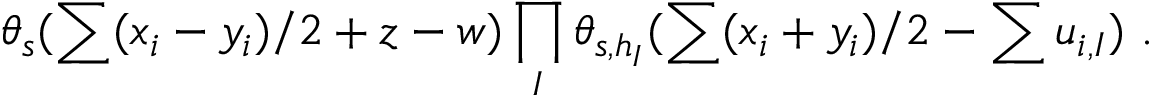
\theta _ { s } ( \sum ( x _ { i } - y _ { i } ) / 2 + z - w ) \prod _ { I } \theta _ { s , h _ { I } } ( \sum ( x _ { i } + y _ { i } ) / 2 - \sum u _ { i , I } ) ~ .